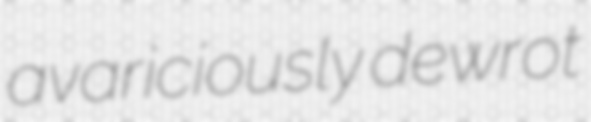
avariciously dewrot